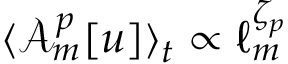
\langle \mathcal { A } _ { m } ^ { p } [ u ] \rangle _ { t } \propto \ell _ { m } ^ { \zeta _ { p } }